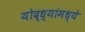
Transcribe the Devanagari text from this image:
योद्ध्यांमध्ये